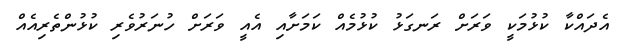
އެދައްކާ ކުޅުމަކީ ވަރަށް ރަނގަޅު ކުޅުމެއް ކަމަށާއި އެއީ ވަރަށް ހުނަރުވެރި ކުޅުންތެރިއެއް